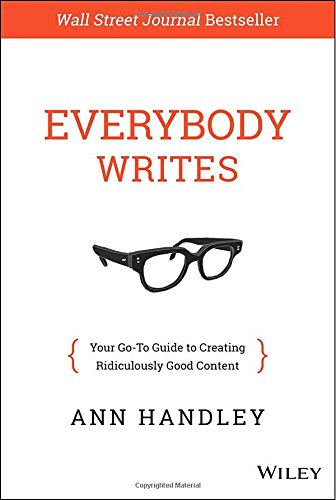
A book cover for Everybody Writes: Your Go-To Guide to Creating Ridiculously Good Content; Ann Handley; Business & Money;